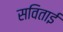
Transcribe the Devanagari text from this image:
सविताई